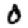
Digit: 0